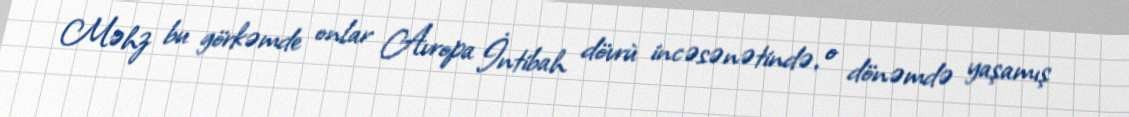
Məhz bu görkəmde onlar Avropa İntibah dövrù incəsənətində, o dönəmdə yaşamış